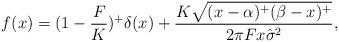
LaTeX: \begin{align*}f(x)=(1-\frac{F}{K})^+\delta(x)+\frac{K\sqrt{(x-\alpha)^+(\beta-x)^+}}{2\pi Fx\hat{\sigma}^2}, \end{align*}